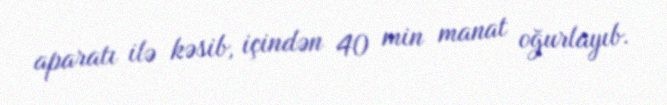
aparatı ilə kəsib, içindən 40 min manat oğurlayıb.